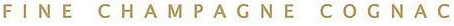
FINE CHAMPAGNE COGNAC